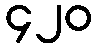
၄၂၀